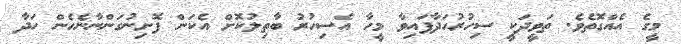
މީގެ އެއްގޮތެވެ. ތަވީދަކީ ސިހުރުހަދާފައިވާ މީހާ އެސިހުރު ބާތިލުކޮށް އެކަން ފޮށިނުގަންނާނެހެން ހަދާ